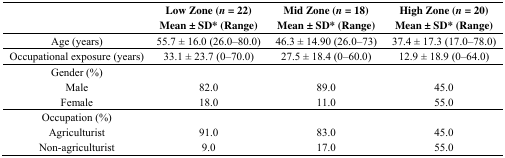
| <ROWSPAN=2>  | Low Zone (n = 22) | Mid Zone (n = 18) | High Zone (n = 20) |
 | Mean ± SD* (Range) | Mean ± SD* (Range) | Mean ± SD* (Range) |
 | --- | --- | --- | --- |
 | Age (years) | 55.7 ± 16.0 (26.0–80.0) | 46.3 ± 14.90 (26.0–73) | 37.4 ± 17.3 (17.0–78.0) |
 | Occupational exposure (years) | 33.1 ± 23.7 (0–70.0) | 27.5 ± 18.4 (0–60.0) | 12.9 ± 18.9 (0–64.0) |
 | Gender (%) |  |  |  |
 | Male | 82.0 | 89.0 | 45.0 |
 | Female | 18.0 | 11.0 | 55.0 |
 | Occupation (%) |  |  |  |
 | Agriculturist | 91.0 | 83.0 | 45.0 |
 | Non-agriculturist | 9.0 | 17.0 | 55.0 |